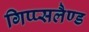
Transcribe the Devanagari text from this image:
गिप्प्सलैण्ड